Scottish Leaving Certificate Examination, 1958
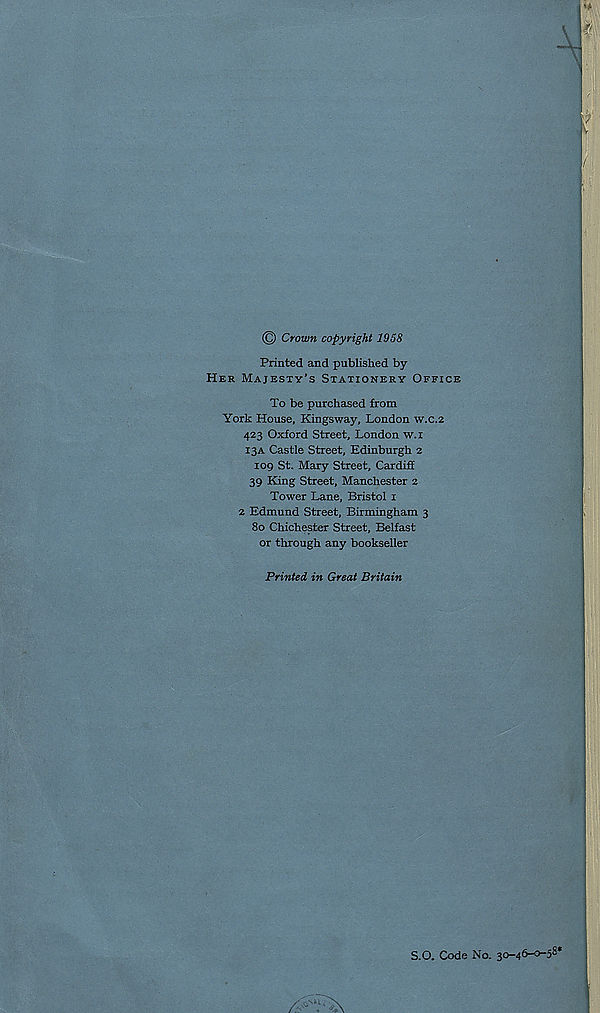
© Crown copyright 1958
Printed and published by
Her Majesty’s Stationery Office
To be purchased from
York House, Kingsway, London w.c.2
423 Oxford Street, London w.i
13A Castle Street, Edinburgh 2
109 St. Mary Street, Cardiff
39 King Street, Manchester 2
Tower Lane, Bristol 1
2 Edmund Street, Birmingham 3
80 Chichester Street, Belfast
or through any bookseller
Printed in Great Britain
S.O. Code No. 30-46-0-5®*